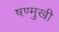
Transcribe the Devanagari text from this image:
षण्मुखी